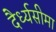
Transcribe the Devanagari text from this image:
दैर्ध्यसीमा